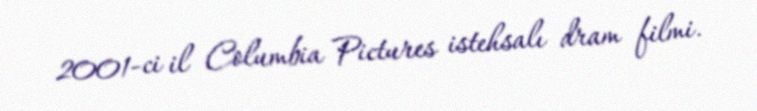
2001-ci il Columbia Pictures istehsalı dram filmi.